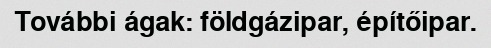
További ágak: földgázipar, építőipar.